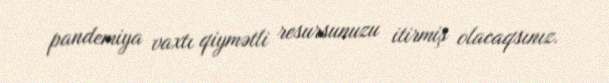
pandemiya vaxtı qiymətli resursunuzu itirmiş olacaqsınız.